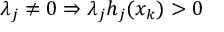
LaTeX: \lambda _ { j } \neq 0 \Rightarrow \lambda _ { j } h _ { j } ( x _ { k } ) > 0